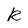
Character: R